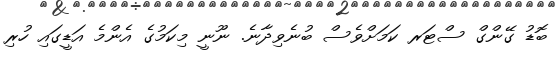
ބޮޑު ގޭންގް ސްޓަރ ކަމަށްވެސް ބުނެވިދާނެ. ނޫނީ މިކަމުގެ އެންމެ އަޑީގައި ހުރި